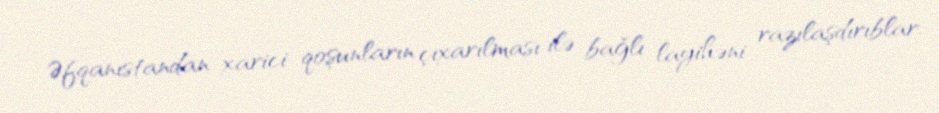
Əfqanıstandan xarici qoşunların çıxarılması ilə bağlı layihəni razılaşdırıblar.